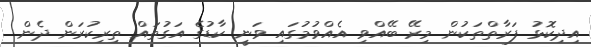
އިދިކޮޅު ފަރާތްތަކުން މިރޭ ބޭއްވި އެއްވުމުގައި ވަނީ ކާޑުގެ އަގުތައް ތިރިކުރަން ދެން